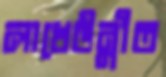
লাখেউন্নীত